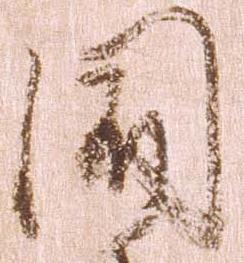
聞